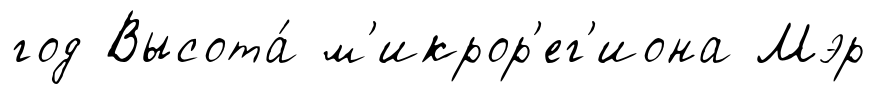
год Высота́ м'икрор'ег'иона Мэр